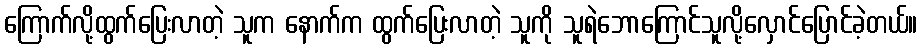
ကြောက်လို့ထွက်ပြေးလာတဲ့ သူက နောက်က ထွက်ပြေးလာတဲ့ သူကို သူရဲဘောကြောင်သူလို့လှောင်ပြောင်ခဲ့တယ်။